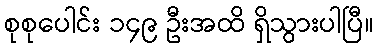
စုစုပေါင်း ၁၄၉ ဦးအထိ ရှိသွားပါပြီ။